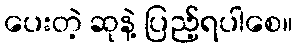
ပေးတဲ့ ဆုနဲ့ ပြည့်ရပါစေ။